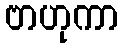
ဗာဟုကာ